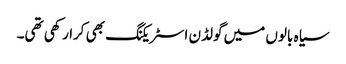
سیاہ بالوں میں گولڈن اسٹریکنگ بھی کرا رکھی تھی۔